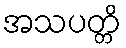
အသပတ္တိ